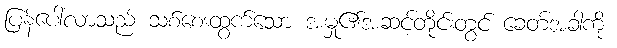
ပြန်ပေါ်လာသည် သစ်စေးထွက်သော အမှု၏အဆင့်တိုင်းတွင် ခေတ်အခါကို